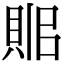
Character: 𧵫